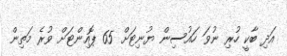
އަދި ބާކީ ހުރި ނުވަ ހައުސިން ޔުނިޓަށް 65 ޕޮއިންޓަށް ވުރެ މަތިން